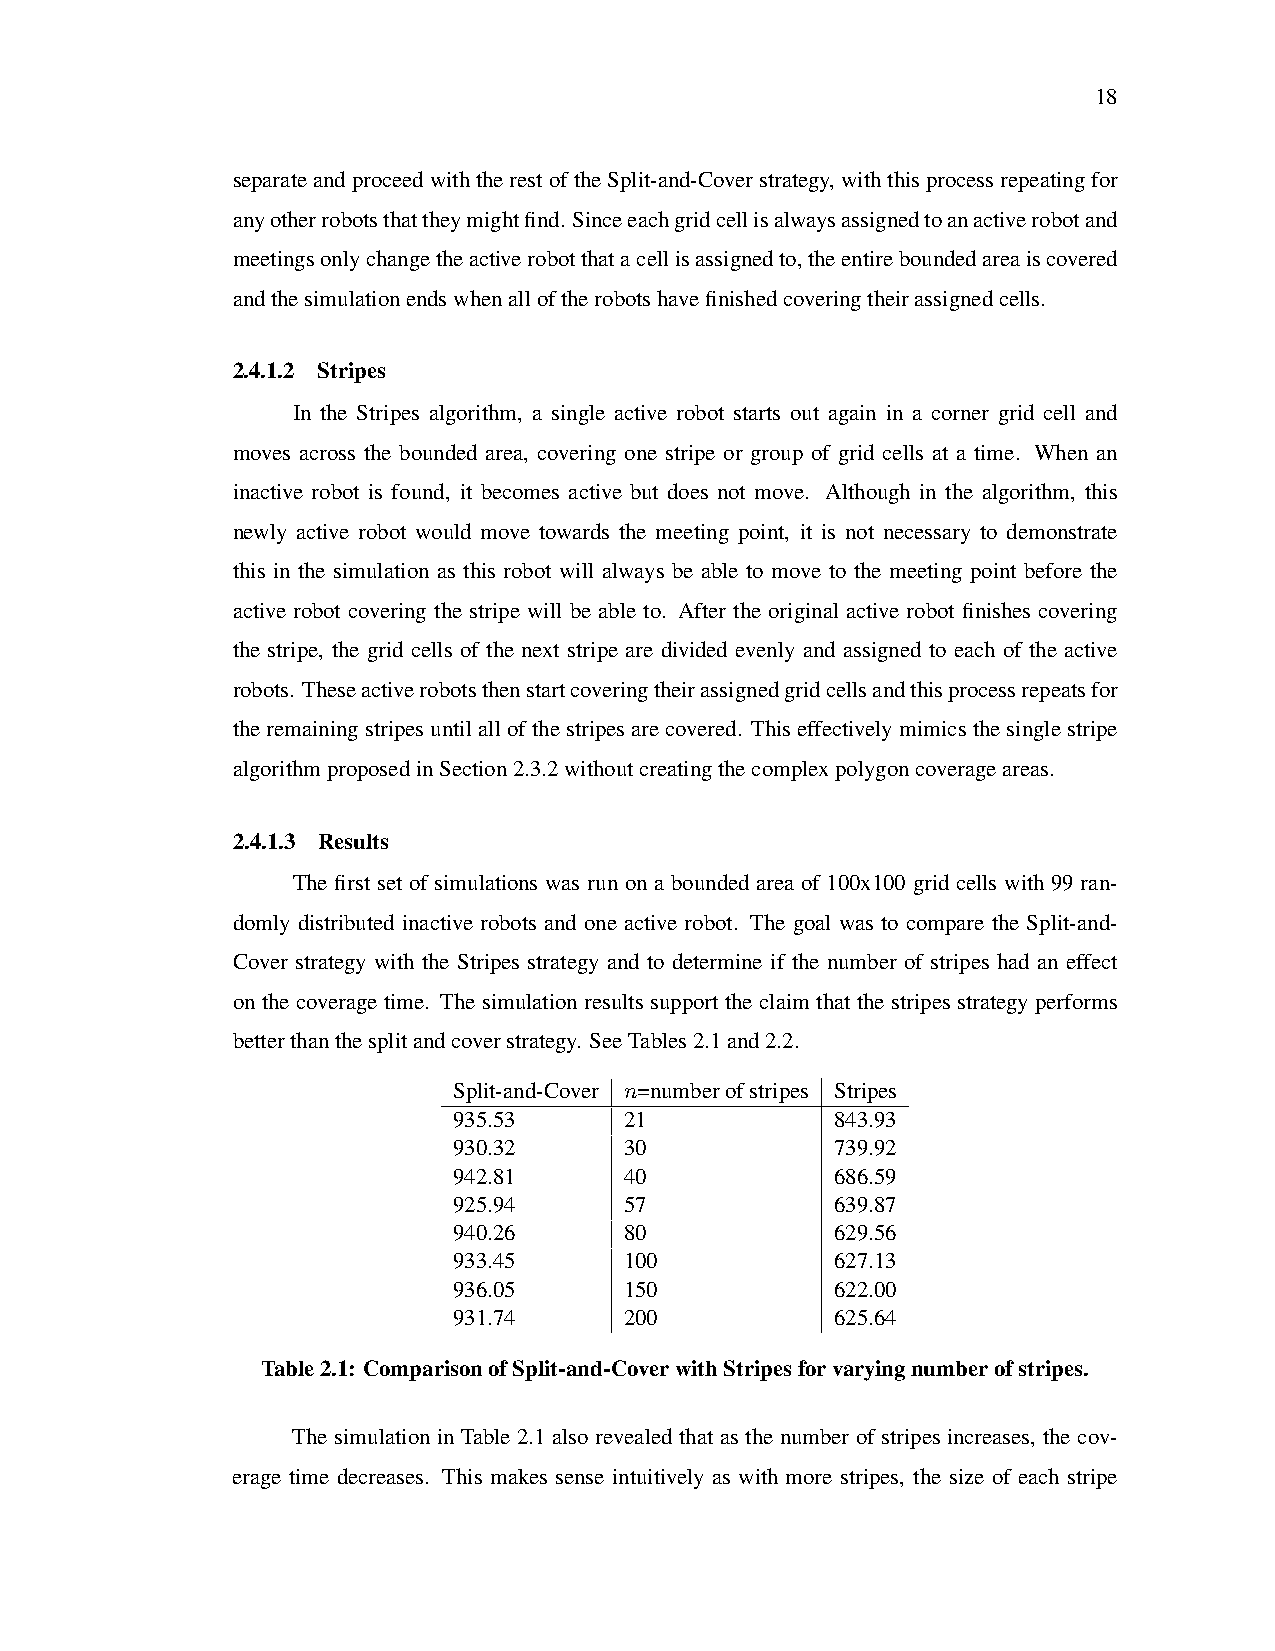
18
 separateandproceedwiththerestoftheSplit-and-Coverstrategy,withthisprocessrepeatingfor
 anyotherrobotsthattheymightfind. Sinceeachgridcellisalwaysassignedtoanactiverobotand
 meetingsonlychangetheactiverobotthatacellisassignedto,theentireboundedareaiscovered
 andthesimulationendswhenalloftherobotshavefinishedcoveringtheirassignedcells.
 2.4.1.2 Stripes
 In the Stripes algorithm, a single active robot starts out again in a corner grid cell and
 moves across the bounded area, covering one stripe or group of grid cells at a time. When an
 inactive robot is found, it becomes active but does not move. Although in the algorithm, this
 newly active robot would move towards the meeting point, it is not necessary to demonstrate
 this in the simulation as this robot will always be able to move to the meeting point before the
 active robot covering the stripe will be able to. After the original active robot finishes covering
 the stripe, the grid cells of the next stripe are divided evenly and assigned to each of the active
 robots. Theseactiverobotsthenstartcoveringtheirassignedgridcellsandthisprocessrepeatsfor
 theremainingstripesuntilallofthestripesarecovered. Thiseffectivelymimicsthesinglestripe
 algorithmproposedinSection2.3.2withoutcreatingthecomplexpolygoncoverageareas.
 2.4.1.3 Results
 The first set of simulations was run on a bounded area of 100x100 grid cells with 99 ran-
 domly distributed inactive robots and one active robot. The goal was to compare the Split-and-
 Cover strategy with the Stripes strategy and to determine if the number of stripes had an effect
 on the coverage time. The simulation results support the claim that the stripes strategy performs
 betterthanthesplitandcoverstrategy. SeeTables2.1and2.2.
 Split-and-Cover n=numberofstripes Stripes
 935.53     21            843.93
 930.32     30            739.92
 942.81     40            686.59
 925.94     57            639.87
 940.26     80            629.56
 933.45     100           627.13
 936.05     150           622.00
 931.74     200           625.64
 Table2.1: ComparisonofSplit-and-CoverwithStripesforvaryingnumberofstripes.
 The simulation in Table 2.1 also revealed that as the number of stripes increases, the cov-
 erage time decreases. This makes sense intuitively as with more stripes, the size of each stripe